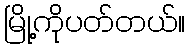
မြို့ကိုပတ်တယ်။